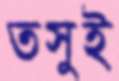
তসুই